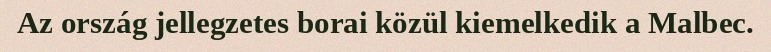
Az ország jellegzetes borai közül kiemelkedik a Malbec.